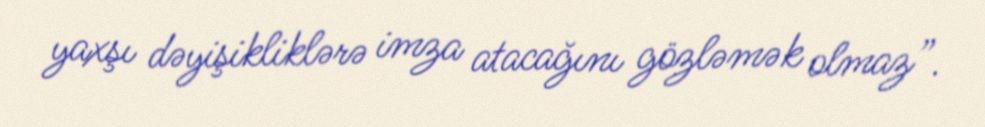
yaxşı dəyişikliklərə imza atacağını gözləmək olmaz”.